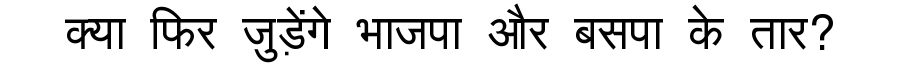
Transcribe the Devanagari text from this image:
क्या फिर जुड़ेंगे भाजपा और बसपा के तार?